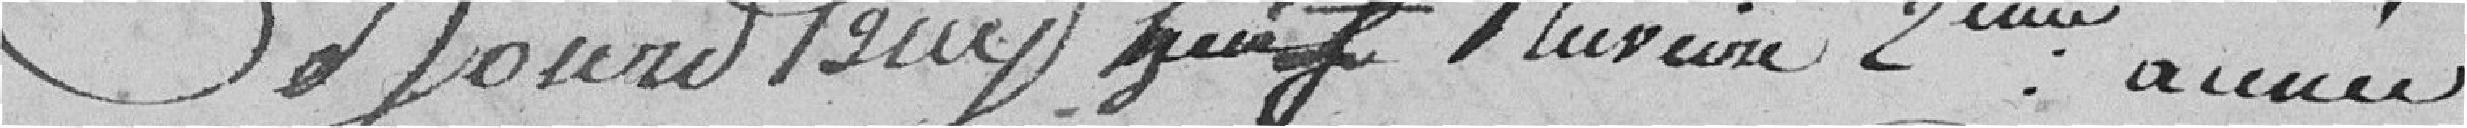
Ce jourd'huy huit pluviôse 2eme année